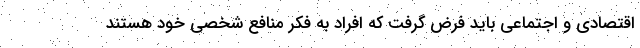
اقتصادی و اجتماعی باید فرض گرفت که افراد به فکر منافع شخصی خود هستند